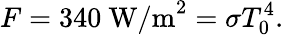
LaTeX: F=340\mathrm{\ W/m}^{2}=\sigma T_{0}^{4}.